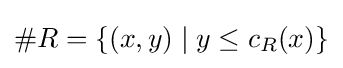
\#R=\{(x,y)\mid y\leq c_{R}(x)\}